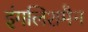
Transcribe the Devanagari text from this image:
इंगलिशमैन